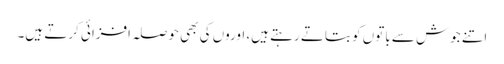
اتنے جوش سے باتوں کو بتاتے رہتے ہیں، اوروں کی بھی حوصلہ افزائی کرتے ہیں۔